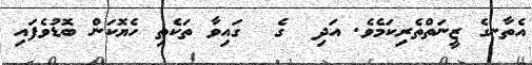
އެތާނގެ ޒީނަތްތެރިކަމެވެ. އަދި  ގެ  ގައިވާ ތަކެތި ހެޔޮކަން ބޮޑުވެފައި